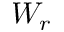
W _ { r }